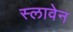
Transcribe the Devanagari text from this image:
स्लावेन